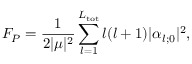
F _ { P } = \frac { 1 } { 2 | \mu | ^ { 2 } } \sum _ { l = 1 } ^ { L _ { \mathrm { t o t } } } l ( l + 1 ) | \alpha _ { l ; 0 } | ^ { 2 } ,